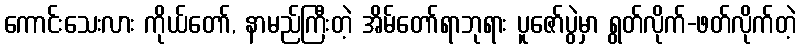
ကောင်းသေးလား ကိုယ်တော်, နာမည်ကြီးတဲ့ အိမ်တော်ရာဘုရား ပူဇော်ပွဲမှာ ရွတ်လိုက်-ဖတ်လိုက်တဲ့